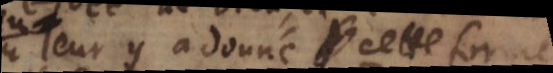
leur y a donné cette forme